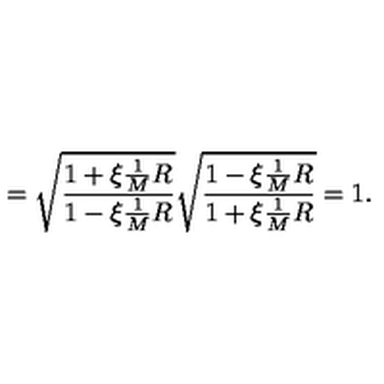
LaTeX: = \sqrt { \frac { 1 + \xi \frac { 1 } { M } R } { 1 - \xi \frac { 1 } { M } R } } \sqrt { \frac { 1 - \xi \frac { 1 } { M } R } { 1 + \xi \frac { 1 } { M } R } } = 1 .